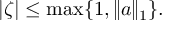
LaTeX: | \zeta | \leq \operatorname* { m a x } \{ 1 , \| a \| _ { 1 } \} .